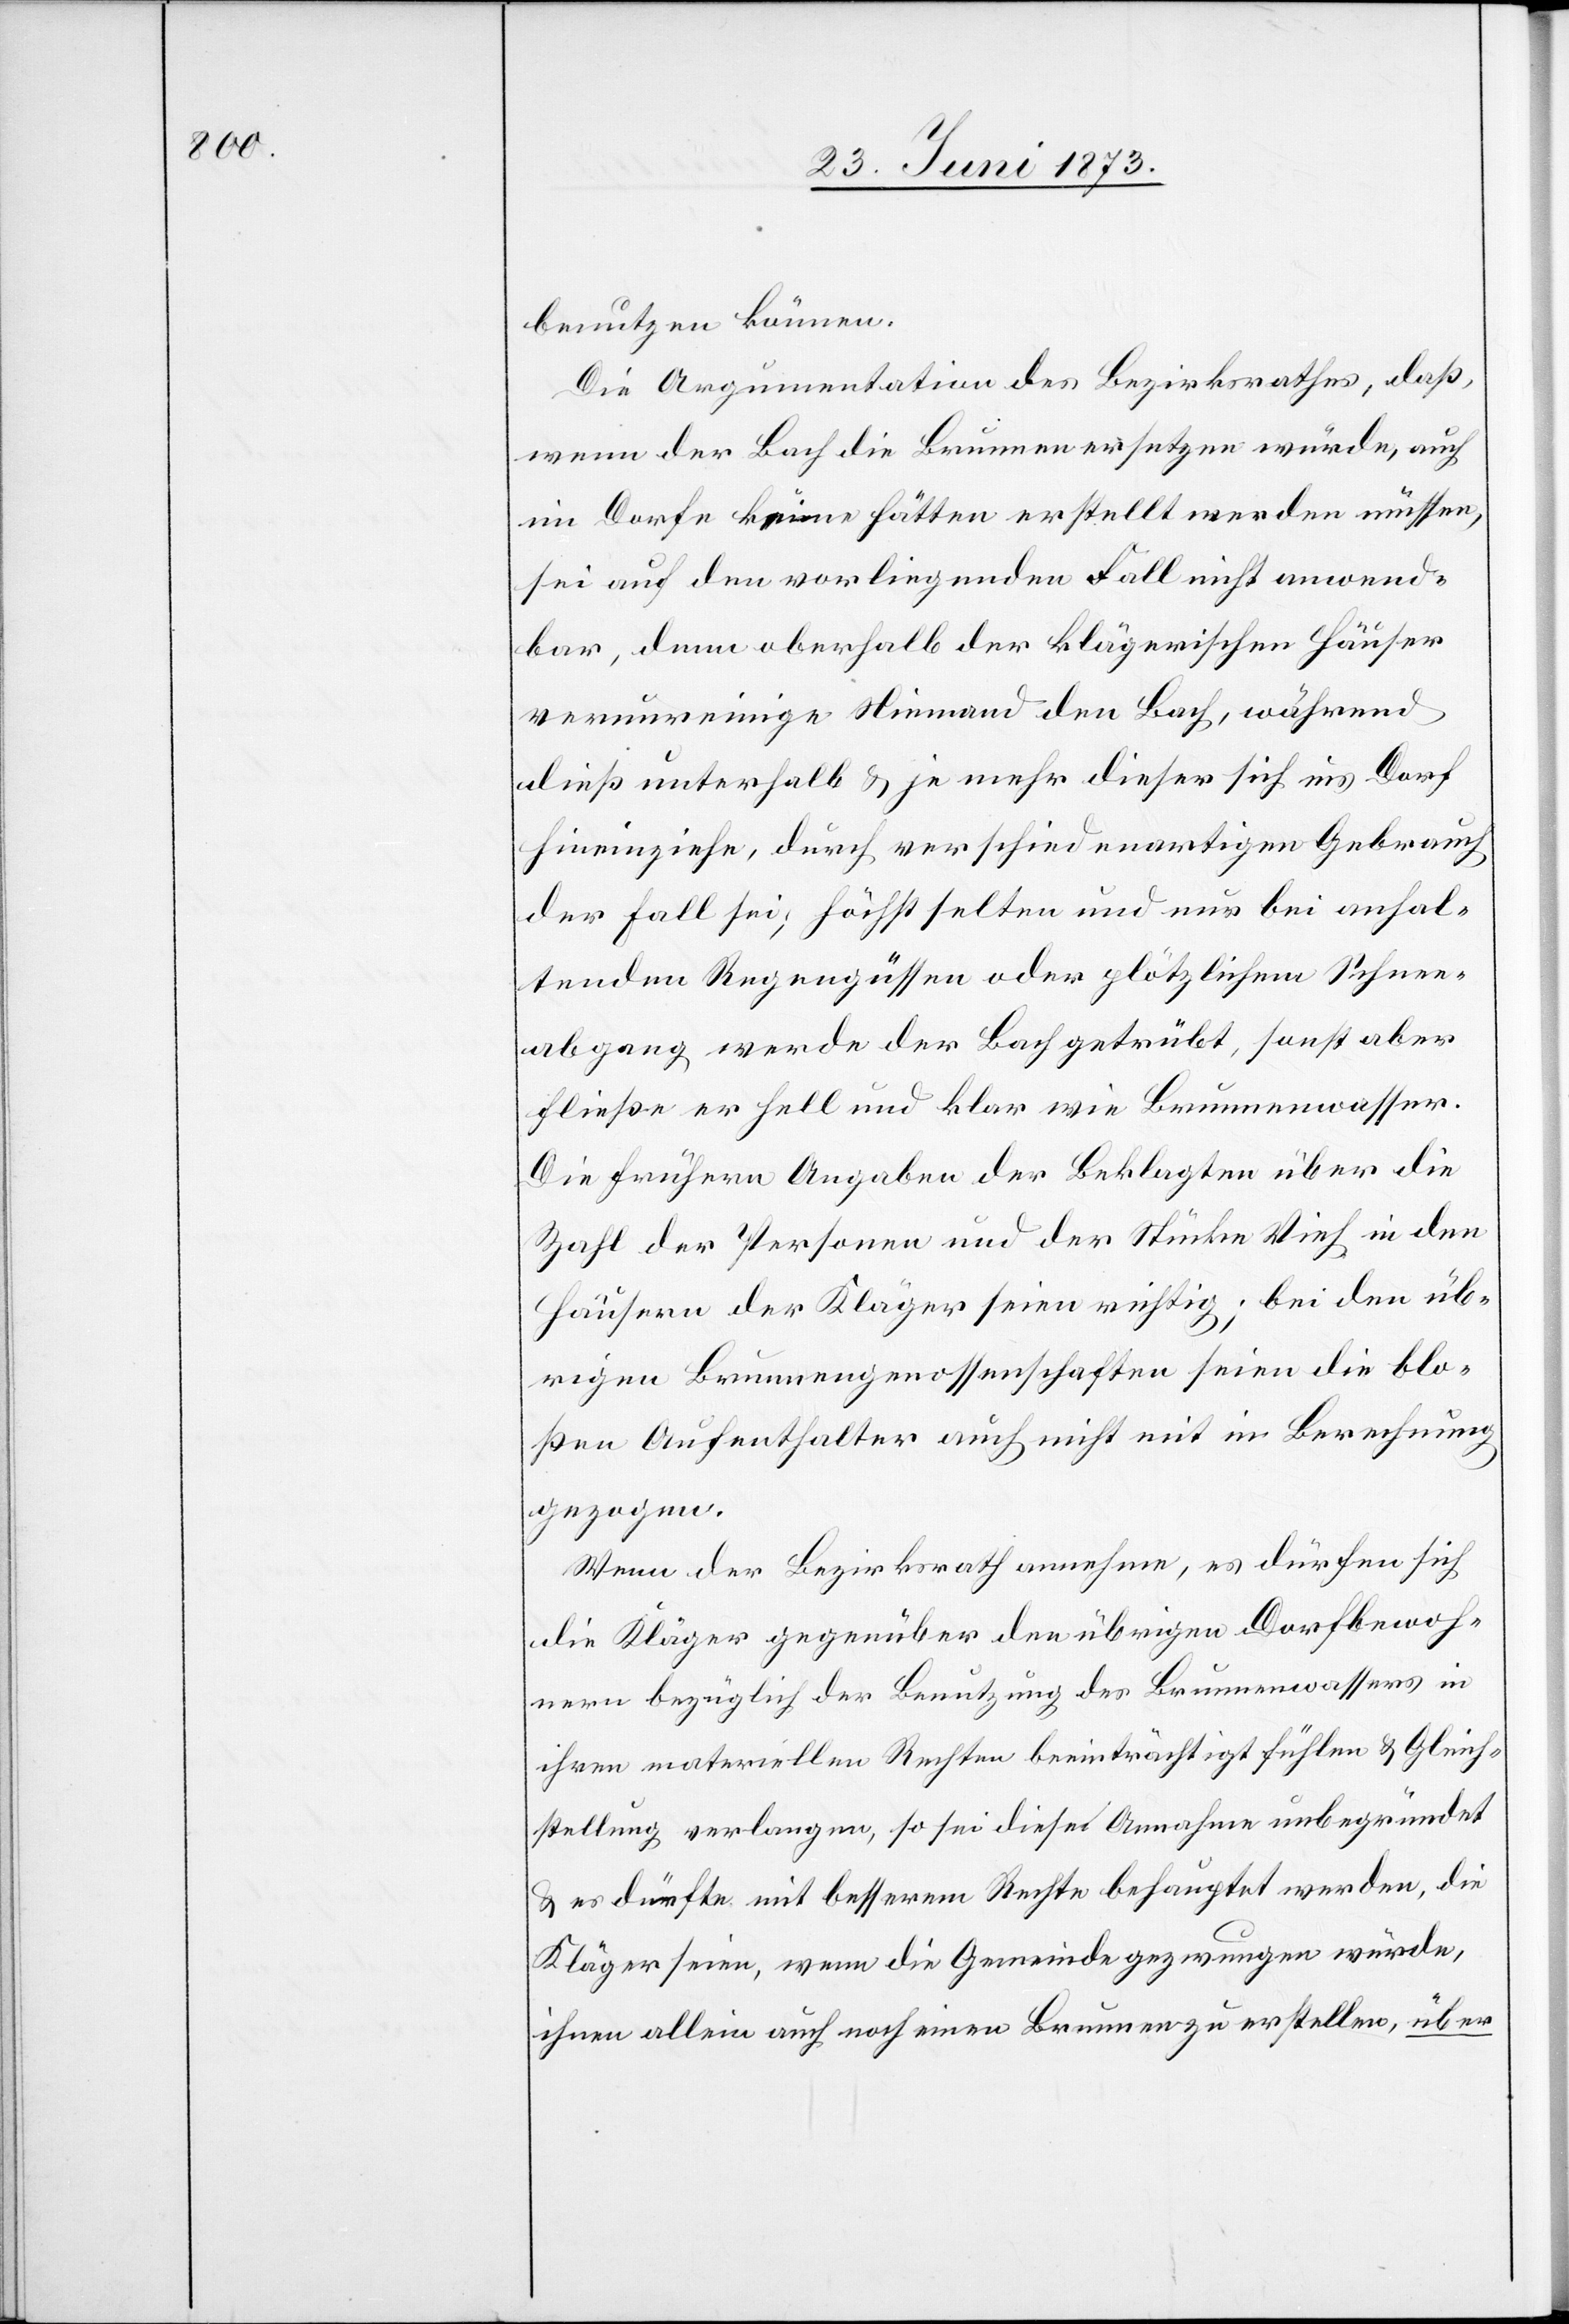
benutzen können.
Die Argumentation des Bezirksrathes, daß
wenn der Bach die Brunnen ersetzen würde, auch
im Dorfe keine hätten erstellt werden müssen,
sei auf den vorliegenden Fall nicht anwend¬
bar, denn oberhalb der klägerischen Häuser
verunreinige Niemand den Bach, während
dieß unterhalb & je mehr dieser sich ins Dorf
hineinziehe, durch verschiedenartigen Gebrauch
der Fall sei; höchst selten und nur bei anhal¬
tenden Regengüssen oder plötzlichem Schnee¬
abgang werde der Bach getrübt, sonst aber
fließe er hell und klar wie Brunnenwasser.
Die frühern Angaben der Beklagten über die
Zahl der Personen und der Stücke Vieh in den
Häusern der Kläger seien richtig; bei den üb¬
rigen Brunnengenossenschaften seien die blo¬
ßen Aufenthalter auch nicht mit in Berechnung
gezogen.
Wenn der Bezirksrath annehme, es dürfen sich
die Kläger gegenüber den übrigen Dorfbewoh¬
nern bezüglich der Benutzung des Brunnenwassers in
ihren materiellen Rechten beeinträchtigt fühlen & Gleich¬
stellung verlangen, so sei diese Annahme unbegründet
& es dürfte mit besserem Rechte behauptet werden, die
Kläger seien, wenn die Gemeinde gezwungen würde,
ihnen allein auch noch einen Brunnen zu erstellen, über